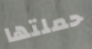
حملتها